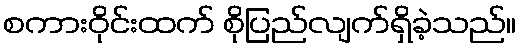
စကားဝိုင်းထက် စိုပြည်လျက်ရှိခဲ့သည်။